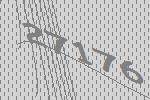
27176